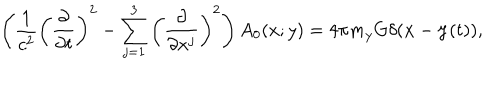
\left( \frac { 1 } { c ^ { 2 } } \left( \frac { \partial } { \partial t } \right) ^ { 2 } - \sum _ { j = 1 } ^ { 3 } \left( \frac { \partial } { \partial x ^ { j } } \right) ^ { 2 } \right) A _ { 0 } ( x ; y ) = 4 \pi m _ { y } G \delta ( { \bf x } - { \bf y } ( t ) ) ,